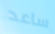
ساعد